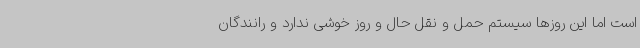
است اما این روزها سیستم حمل و نقل حال و روز خوشی ندارد و رانندگان